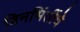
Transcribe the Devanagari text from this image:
बिनभिंतींचे